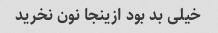
خیلی بد بود ازینجا نون نخرید